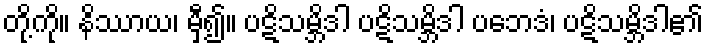
တို့ကို။ နိဿာယ၊ မှီ၍။ ပဋိသမ္ဘိဒါ ပဋိသမ္ဘိဒါ ပဘေဒံ၊ ပဋိသမ္ဘိဒါ၏